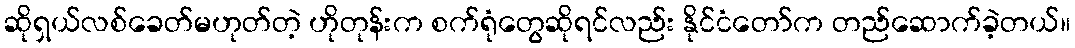
ဆိုရှယ်လစ်ခေတ်မဟုတ်တဲ့ ဟိုတုန်းက စက်ရုံတွေဆိုရင်လည်း နိုင်ငံတော်က တည်ဆောက်ခဲ့တယ်။